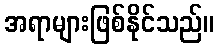
အရာများဖြစ်နိုင်သည်။